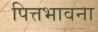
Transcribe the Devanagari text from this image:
पित्तभावना